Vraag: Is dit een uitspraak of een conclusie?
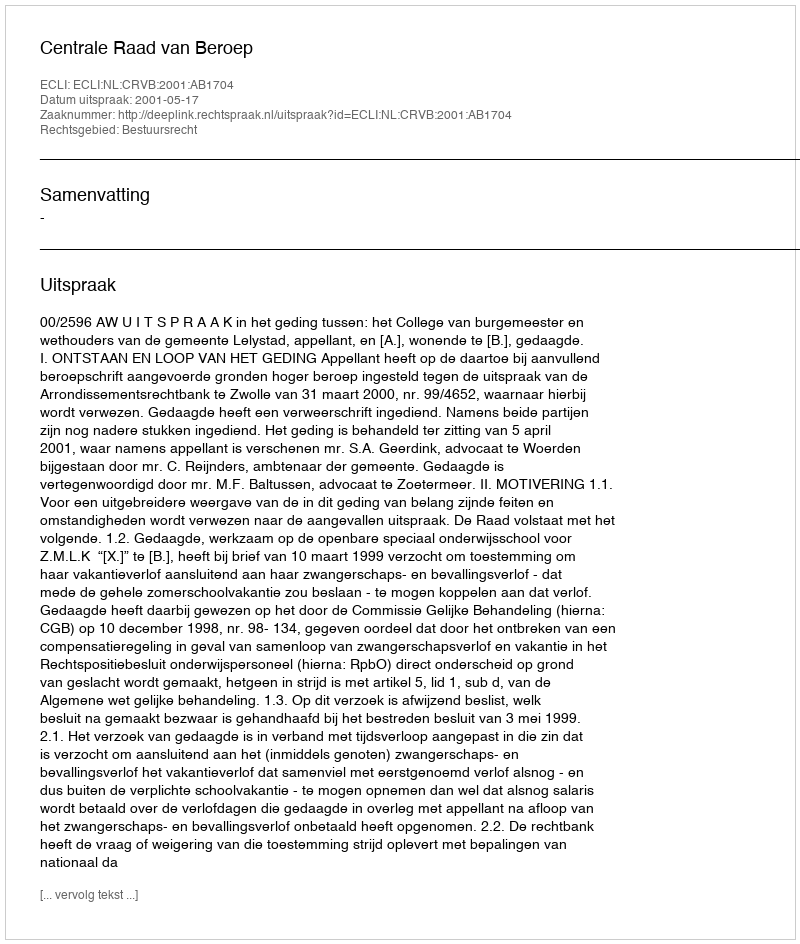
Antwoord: Uitspraak